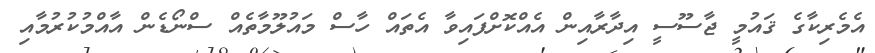
އެމެރިކާގެ ޤައުމީ ޖާސޫސީ އިދާރާއިން އެއްކޮށްފައިވާ އެތައް ހާސް މައުލޫމާތެއް ސްނޯޑެން އާއްމުކުރުމާއި